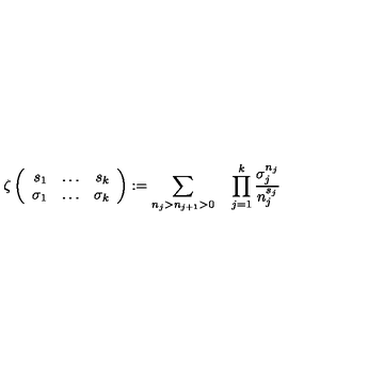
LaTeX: \zeta \left( \begin{array} { r c r } { s _ { 1 } } & { \ldots } & { s _ { k } } \\ { \sigma _ { 1 } } & { \ldots } & { \sigma _ { k } } \\ \end{array} \right) : = \sum _ { n _ { j } > n _ { j + 1 } > 0 } \quad \prod _ { j = 1 } ^ { k } \frac { \sigma _ { j } ^ { n _ { j } } } { n _ { j } ^ { s _ { j } } }